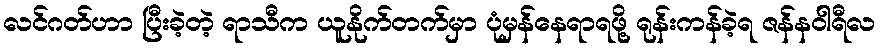
လင်ဂတ်ဟာ ပြီးခဲ့တဲ့ ရာသီက ယူနိုက်တက်မှာ ပုံမှန်နေရာရဖို့ ရုန်းကန်ခဲ့ရ ဇန်နဝါရီလ